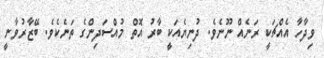
ވިދާހާ އެއްޗަކީ ރަނެއް ނޫނެވެ. ދުނިޔެއަކީ ބާރު އޮތް މުއްސަދިންގެ ތަނެކެވެ. ބޭޒާރުވާނީ